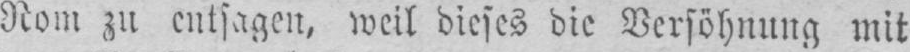
Rom zu entsagen, weil dieses die Versöhnung mit